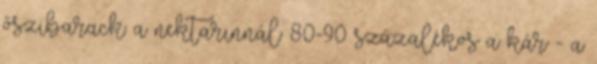
őszibarack: a nektarinnál 80-90 százalékos a kár - a